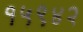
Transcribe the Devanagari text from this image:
१५९४२